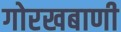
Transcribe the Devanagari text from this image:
गोरखबाणी